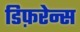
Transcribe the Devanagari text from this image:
डिफ़रेन्स